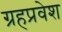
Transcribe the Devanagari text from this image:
ग्रहप्रवेश